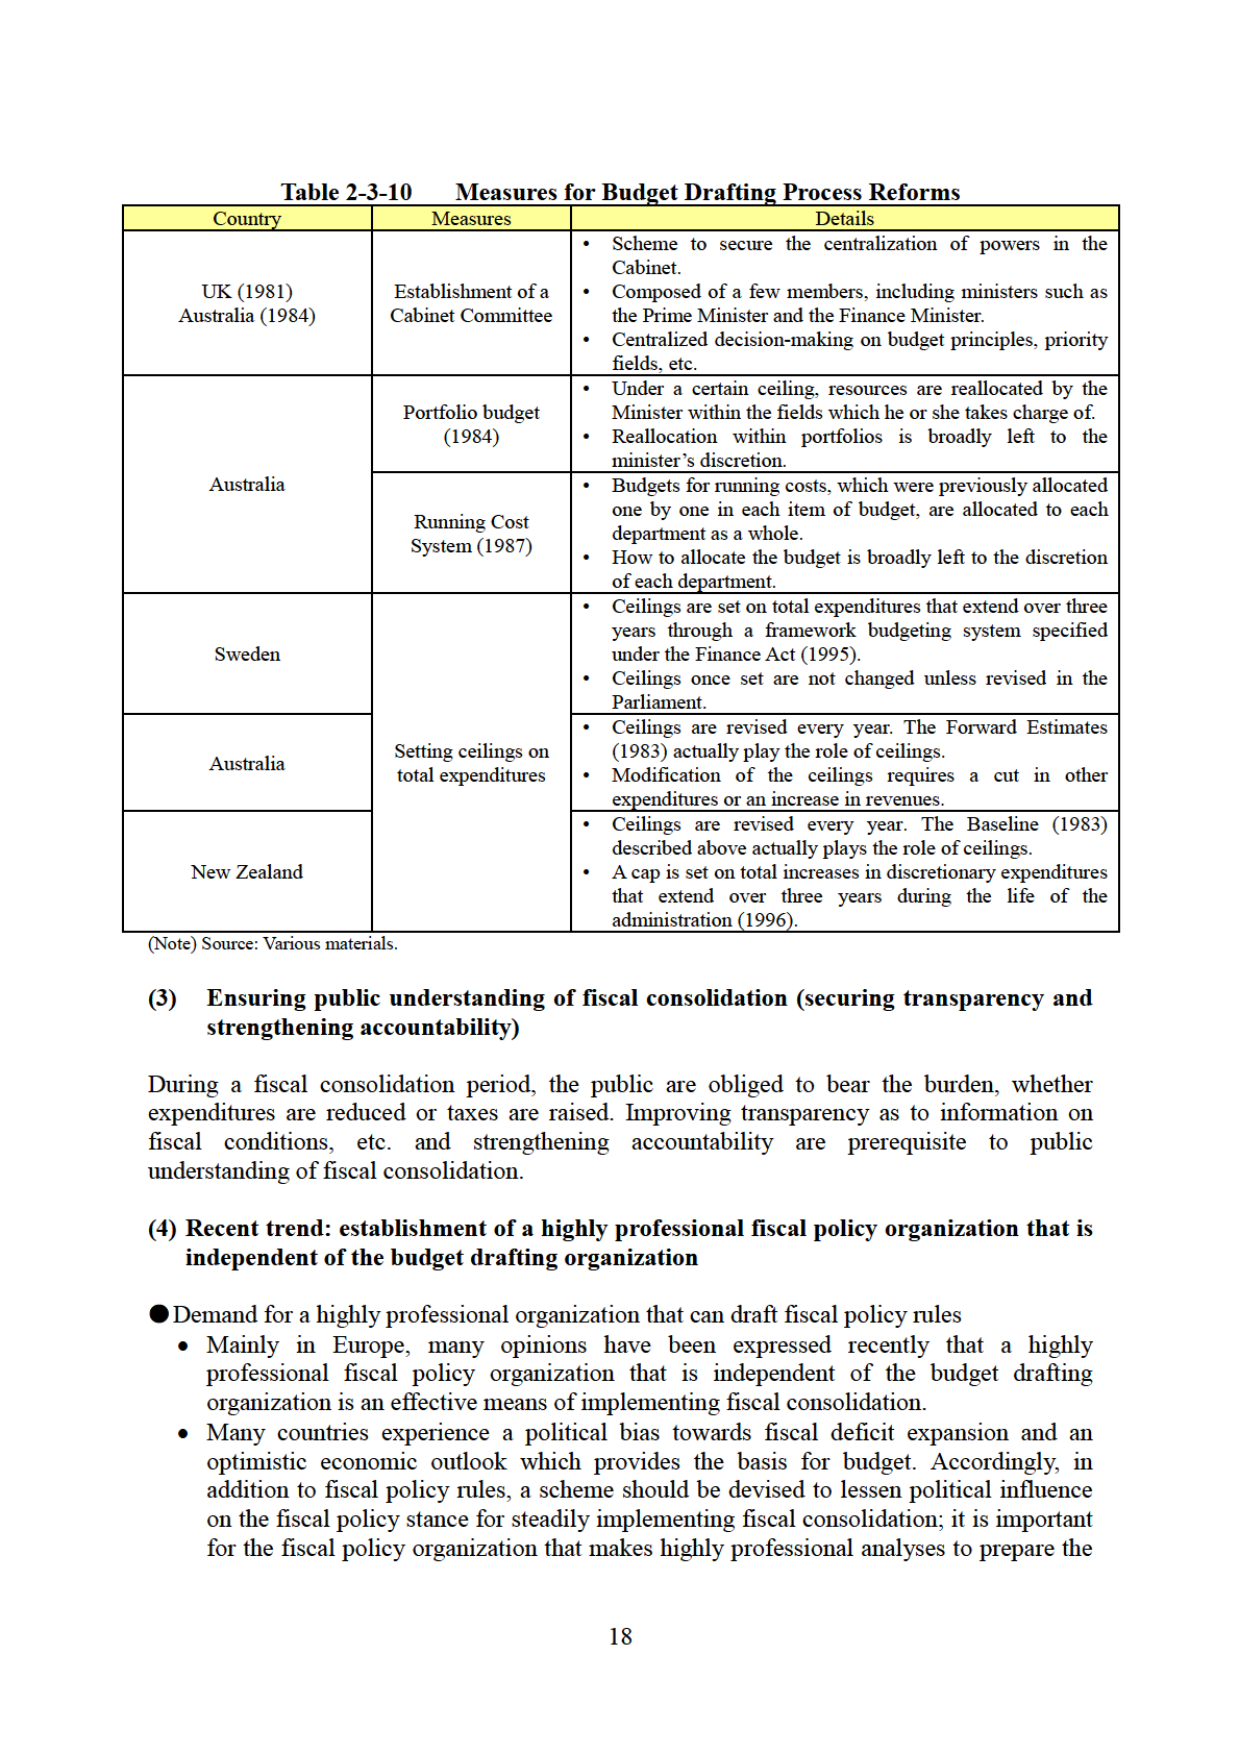
Table 2-3-10 Measures for Budget Drafting Process Reforms

Country Measures Details
UK (1981) Establishment of a • Scheme to secure the centralization of powers in the Cabinet.
Australia (1984) Cabinet Committee • Composed of a few members, including ministers such as the Prime Minister and the Finance Minister.
• Centralized decision-making on budget principles, priority fields, etc.

Australia Portfolio budget • Under a certain ceiling, resources are reallocated by the Minister within the fields which he or she takes charge of.
(1984) • Reallocation within portfolios is broadly left to the minister’s discretion.

Running Cost • Budgets for running costs, which were previously allocated System (1987) one by one in each item of budget, are allocated to each department as a whole.
• How to allocate the budget is broadly left to the discretion of each department.

Sweden • Ceilings are set on total expenditures that extend over three years through a framework budgeting system specified under the Finance Act (1995).
• Ceilings once set are not changed unless revised in the Parliament.

Australia Setting ceilings on • Ceilings are revised every year. The Forward Estimates total expenditures (1983) actually play the role of ceilings.
• Modification of the ceilings requires a cut in other expenditures or an increase in revenues.

New Zealand • Ceilings are revised every year. The Baseline (1983) described above actually plays the role of ceilings.
• A cap is set on total increases in discretionary expenditures that extend over three years during the life of the administration (1996).

(Note) Source: Various materials.

(3) Ensuring public understanding of fiscal consolidation (securing transparency and strengthening accountability)

During a fiscal consolidation period, the public are obliged to bear the burden, whether expenditures are reduced or taxes are raised. Improving transparency as to information on fiscal conditions, etc. and strengthening accountability are prerequisite to public understanding of fiscal consolidation.

(4) Recent trend: establishment of a highly professional fiscal policy organization that is independent of the budget drafting organization

● Demand for a highly professional organization that can draft fiscal policy rules
• Mainly in Europe, many opinions have been expressed recently that a highly professional fiscal policy organization that is independent of the budget drafting organization is an effective means of implementing fiscal consolidation.
• Many countries experience a political bias towards fiscal deficit expansion and an optimistic economic outlook which provides the basis for budget. Accordingly, in addition to fiscal policy rules, a scheme should be devised to lessen political influence on the fiscal policy stance for steadily implementing fiscal consolidation; it is important for the fiscal policy organization that makes highly professional analyses to prepare the

18